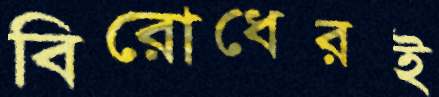
বিরোধেরই